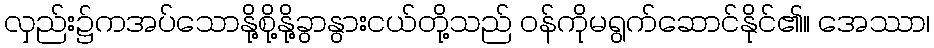
လှည်း၌ကအပ်သောနို့စို့နို့ခွာနွားငယ်တို့သည် ဝန်ကိုမရွက်ဆောင်နိုင်၏။ အေဿာ၊